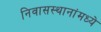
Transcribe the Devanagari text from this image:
निवासस्थानांमध्ये